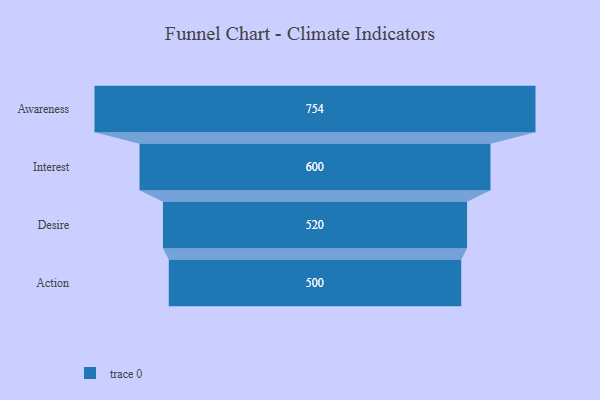
{"axis": {"x": "Stage", "y": "Value"}, "legend": [""], "data": [{"x": "Awareness", "y": 754.0, "type": ""}, {"x": "Interest", "y": 600.0, "type": ""}, {"x": "Desire", "y": 520.0, "type": ""}, {"x": "Action", "y": 500, "type": ""}]}